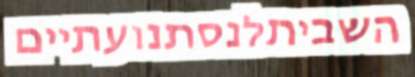
השביתלנסתנועתיים